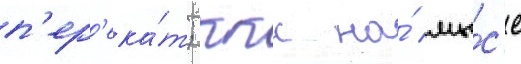
п'ер'ека́т; ккс на́ мы́с'е